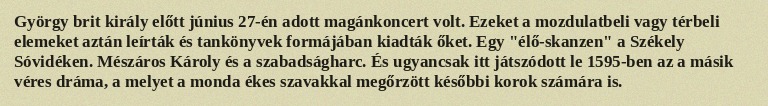
György brit király előtt június 27-én adott magánkoncert volt. Ezeket a mozdulatbeli vagy térbeli elemeket aztán leírták és tankönyvek formájában kiadták őket. Egy "élő-skanzen" a Székely Sóvidéken. Mészáros Károly és a szabadságharc. És ugyancsak itt játszódott le 1595-ben az a másik véres dráma, a melyet a monda ékes szavakkal megőrzött későbbi korok számára is.